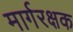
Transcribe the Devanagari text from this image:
मार्गरक्षक